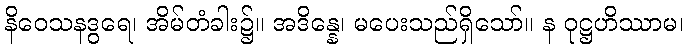
နိဝေသနဒွရေ၊ အိမ်တံခါး၌။ အဒိန္နေ၊ မပေးသည်ရှိသော်။ န ဝုဋ္ဌဟိဿာမ၊